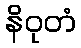
နိဝုတံ